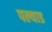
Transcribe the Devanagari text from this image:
पल्याड